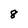
Character: 8